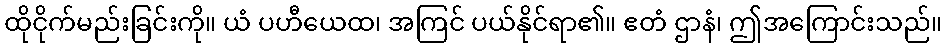
ထိုငိုက်မည်းခြင်းကို။ ယံ ပဟီယေထ၊ အကြင် ပယ်နိုင်ရာ၏။ ဧတံ ဌာနံ၊ ဤအကြောင်းသည်။